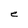
Character: e